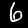
Digit: 6